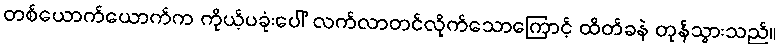
တစ်ယောက်ယောက်က ကိုယ့်ပခုံးပေါ် လက်လာတင်လိုက်သောကြောင့် ထိတ်ခနဲ တုန်သွားသည်။